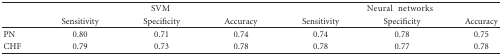
<table><thead><tr><td></td><td colspan="3"><b>SVM</b></td><td colspan="3"><b>Neural networks</b></td></tr><tr><td></td><td><b>Sensitivity</b></td><td><b>Specificity</b></td><td><b>Accuracy</b></td><td><b>Sensitivity</b></td><td><b>Specificity</b></td><td><b>Accuracy</b></td></tr></thead><tbody><tr><td>PN</td><td>0.80</td><td>0.71</td><td>0.74</td><td>0.74</td><td>0.78</td><td>0.75</td></tr><tr><td>CHF</td><td>0.79</td><td>0.73</td><td>0.78</td><td>0.78</td><td>0.77</td><td>0.78</td></tr></tbody></table>